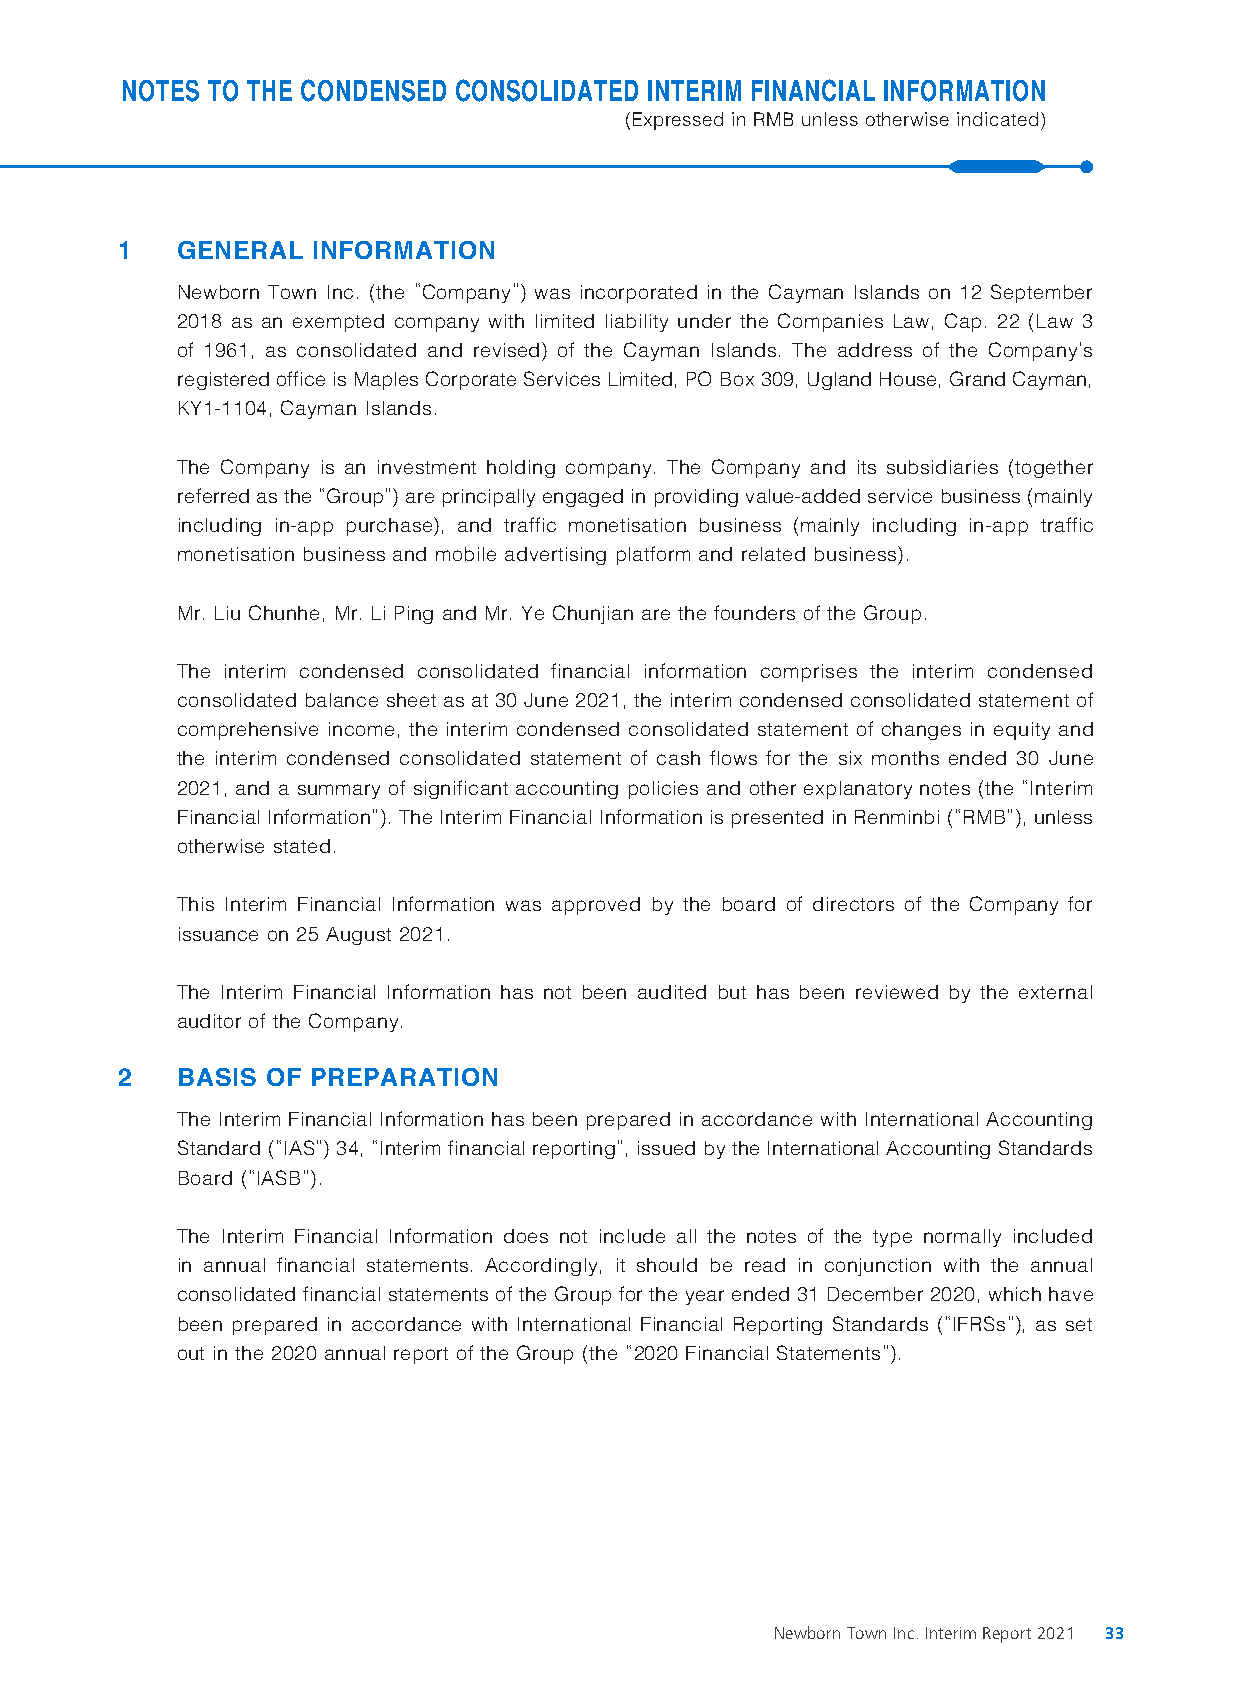
NOTES TO THE CONDENSED CONSOLIDATED INTERIM FINANCIAL INFORMATION
 (Expressed in RMB unless otherwise indicated)
 1   GENERAL  INFORMATION
 Newborn Town Inc. (the “Company”) was incorporated in the Cayman Islands on 12 September
 2018 as an exempted company with limited liability under the Companies Law, Cap. 22 (Law 3
 of 1961, as consolidated and revised) of the Cayman Islands. The address of the Company’s
 registered office is Maples Corporate Services Limited, PO Box 309, Ugland House, Grand Cayman,
 KY1-1104, Cayman Islands.
 The Company is an investment holding company. The Company and its subsidiaries (together
 referred as the “Group”) are principally engaged in providing value-added service business (mainly
 including in-app purchase), and traffic monetisation business (mainly including in-app traffic
 monetisation business and mobile advertising platform and related business).
 Mr. Liu Chunhe, Mr. Li Ping and Mr. Ye Chunjian are the founders of the Group.
 The interim condensed consolidated financial information comprises the interim condensed
 consolidated balance sheet as at 30 June 2021, the interim condensed consolidated statement of
 comprehensive income, the interim condensed consolidated statement of changes in equity and
 the interim condensed consolidated statement of cash flows for the six months ended 30 June
 2021, and a summary of significant accounting policies and other explanatory notes (the “Interim
 Financial Information”). The Interim Financial Information is presented in Renminbi (“RMB”), unless
 otherwise stated.
 This Interim Financial Information was approved by the board of directors of the Company for
 issuance on 25 August 2021.
 The Interim Financial Information has not been audited but has been reviewed by the external
 auditor of the Company.
 2   BASIS OF PREPARATION
 The Interim Financial Information has been prepared in accordance with International Accounting
 Standard (“IAS”) 34, “Interim financial reporting”, issued by the International Accounting Standards
 Board (“IASB”).
 The Interim Financial Information does not include all the notes of the type normally included
 in annual financial statements. Accordingly, it should be read in conjunction with the annual
 consolidated financial statements of the Group for the year ended 31 December 2020, which have
 been prepared in accordance with International Financial Reporting Standards (“IFRSs”), as set
 out in the 2020 annual report of the Group (the “2020 Financial Statements”).
 Newborn Town Inc. Interim Report 2021 33